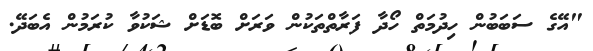
"އޭގެ ސަބަބުން ހިދުމަތް ހޯދާ ފަރާތްތަކުން ވަރަށް ބޮޑަށް ޝަކުވާ ކުރަމުން އެބަދޭ.